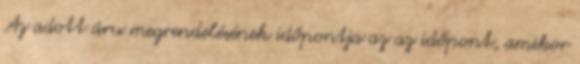
Az adott áru megrendelésének időpontja az az időpont, amikor